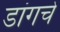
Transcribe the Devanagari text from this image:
डांगचे